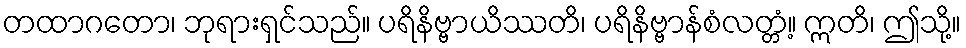
တထာဂတော၊ ဘုရားရှင်သည်။ ပရိနိဗ္ဗာယိဿတိ၊ ပရိနိဗ္ဗာန်စံလတ္တံ့။ ဣတိ၊ ဤသို့။